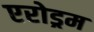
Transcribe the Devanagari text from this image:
एरोड्रम